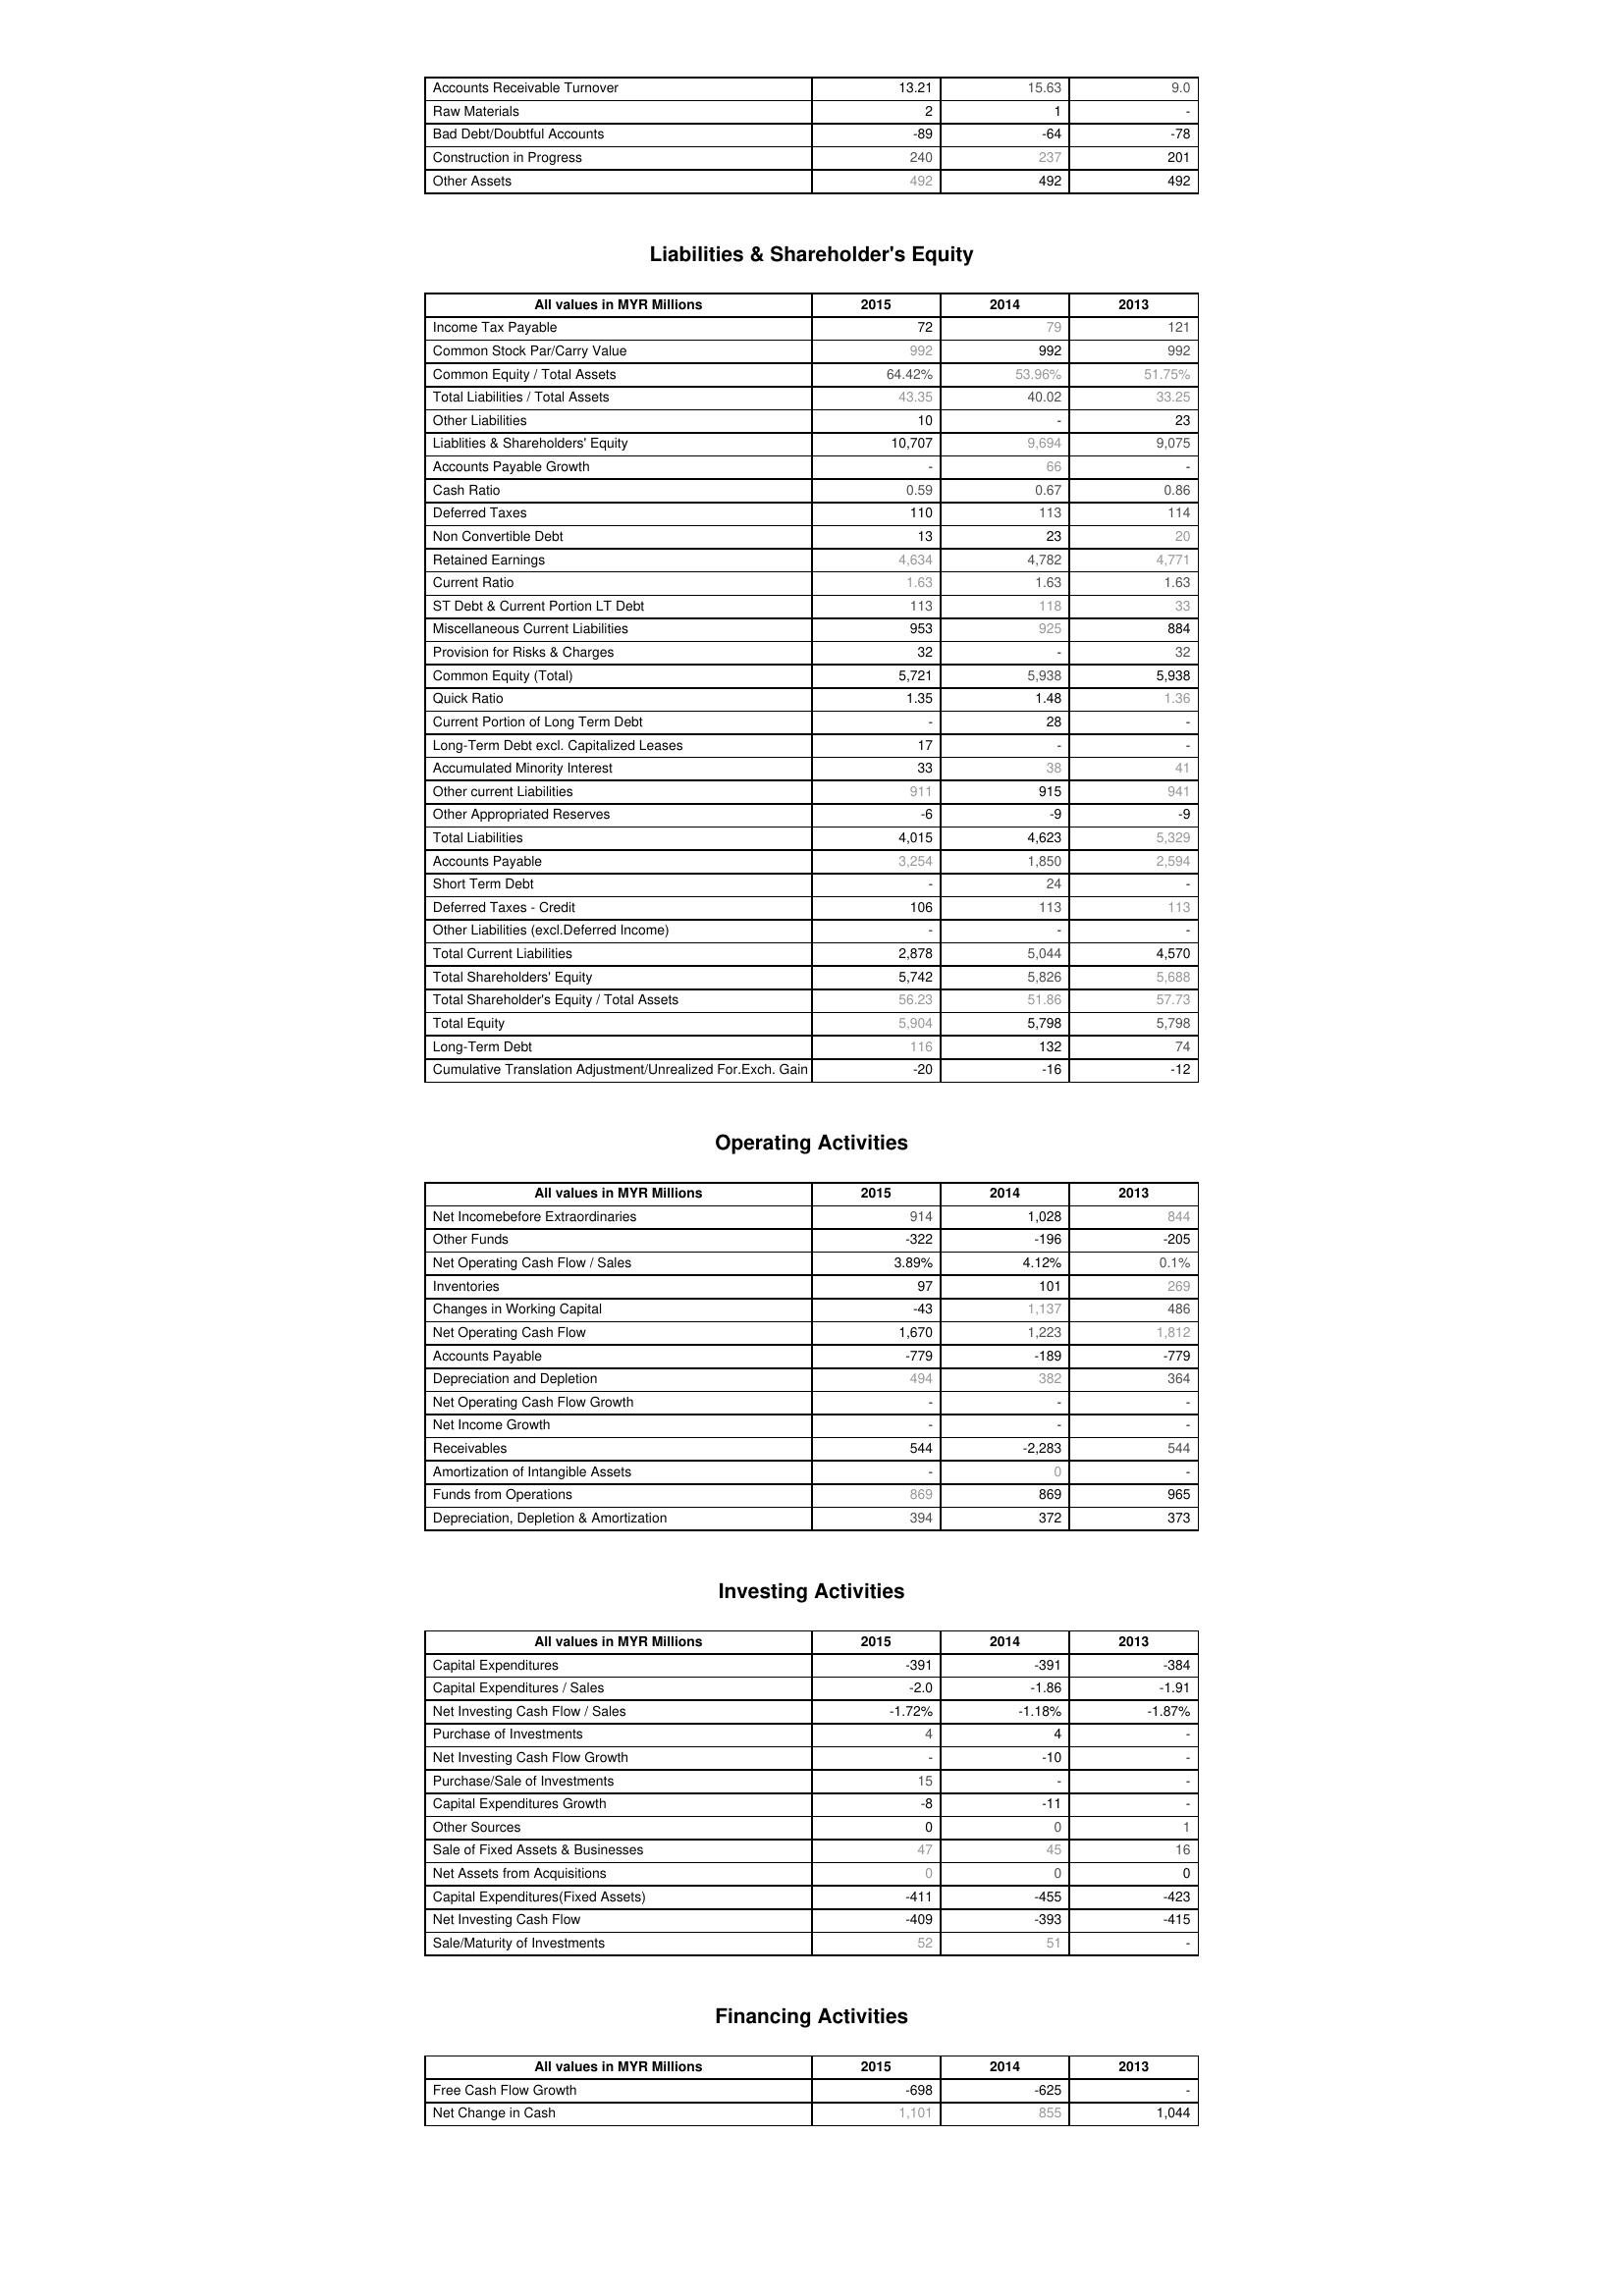
2015: Assets: Accounts Receivable Turnover: 13.21
Raw Materials: 2
Bad Debt/Doubtful Accounts: -89
Construction in Progress: 240
Other Assets: 492
Liabilities & Shareholder's Equity: Income Tax Payable: 72
Common Stock Par/Carry Value: 992
Common Equity / Total Assets: 64.42%
Total Liabilities / Total Assets: 43.35
Other Liabilities: 10
Liablities & Shareholders' Equity: 10,707
Accounts Payable Growth: -
Cash Ratio: 0.59
Deferred Taxes: 110
Non Convertible Debt: 13
Retained Earnings: 4,634
Current Ratio: 1.63
ST Debt & Current Portion LT Debt: 113
Miscellaneous Current Liabilities: 953
Provision for Risks & Charges: 32
Common Equity (Total): 5,721
Quick Ratio: 1.35
Current Portion of Long Term Debt: -
Long-Term Debt excl. Capitalized Leases: 17
Accumulated Minority Interest: 33
Other current Liabilities: 911
Other Appropriated Reserves: -6
Total Liabilities: 4,015
Accounts Payable: 3,254
Short Term Debt: -
Deferred Taxes - Credit: 106
Other Liabilities (excl.Deferred Income): -
Total Current Liabilities: 2,878
Total Shareholders' Equity: 5,742
Total Shareholder's Equity / Total Assets: 56.23
Total Equity: 5,904
Long-Term Debt: 116
Cumulative Translation Adjustment/Unrealized For.Exch. Gain: -20
Operating Activities: Net Incomebefore Extraordinaries: 914
Other Funds: -322
Net Operating Cash Flow / Sales: 3.89%
Inventories: 97
Changes in Working Capital: -43
Net Operating Cash Flow: 1,670
Accounts Payable: -779
Depreciation and Depletion: 494
Net Operating Cash Flow Growth: -
Net Income Growth: -
Receivables: 544
Amortization of Intangible Assets: -
Funds from Operations: 869
Depreciation, Depletion & Amortization: 394
Investing Activities: Capital Expenditures: -391
Capital Expenditures / Sales: -2.0
Net Investing Cash Flow / Sales: -1.72%
Purchase of Investments: 4
Net Investing Cash Flow Growth: -
Purchase/Sale of Investments: 15
Capital Expenditures Growth: -8
Other Sources: 0
Sale of Fixed Assets & Businesses: 47
Net Assets from Acquisitions: 0
Capital Expenditures(Fixed Assets): -411
Net Investing Cash Flow: -409
Sale/Maturity of Investments: 52
Financing Activities: Free Cash Flow Growth: -698
Net Change in Cash: 1,101
2014: Assets: Accounts Receivable Turnover: 15.63
Raw Materials: 1
Bad Debt/Doubtful Accounts: -64
Construction in Progress: 237
Other Assets: 492
Liabilities & Shareholder's Equity: Income Tax Payable: 79
Common Stock Par/Carry Value: 992
Common Equity / Total Assets: 53.96%
Total Liabilities / Total Assets: 40.02
Other Liabilities: -
Liablities & Shareholders' Equity: 9,694
Accounts Payable Growth: 66
Cash Ratio: 0.67
Deferred Taxes: 113
Non Convertible Debt: 23
Retained Earnings: 4,782
Current Ratio: 1.63
ST Debt & Current Portion LT Debt: 118
Miscellaneous Current Liabilities: 925
Provision for Risks & Charges: -
Common Equity (Total): 5,938
Quick Ratio: 1.48
Current Portion of Long Term Debt: 28
Long-Term Debt excl. Capitalized Leases: -
Accumulated Minority Interest: 38
Other current Liabilities: 915
Other Appropriated Reserves: -9
Total Liabilities: 4,623
Accounts Payable: 1,850
Short Term Debt: 24
Deferred Taxes - Credit: 113
Other Liabilities (excl.Deferred Income): -
Total Current Liabilities: 5,044
Total Shareholders' Equity: 5,826
Total Shareholder's Equity / Total Assets: 51.86
Total Equity: 5,798
Long-Term Debt: 132
Cumulative Translation Adjustment/Unrealized For.Exch. Gain: -16
Operating Activities: Net Incomebefore Extraordinaries: 1,028
Other Funds: -196
Net Operating Cash Flow / Sales: 4.12%
Inventories: 101
Changes in Working Capital: 1,137
Net Operating Cash Flow: 1,223
Accounts Payable: -189
Depreciation and Depletion: 382
Net Operating Cash Flow Growth: -
Net Income Growth: -
Receivables: -2,283
Amortization of Intangible Assets: 0
Funds from Operations: 869
Depreciation, Depletion & Amortization: 372
Investing Activities: Capital Expenditures: -391
Capital Expenditures / Sales: -1.86
Net Investing Cash Flow / Sales: -1.18%
Purchase of Investments: 4
Net Investing Cash Flow Growth: -10
Purchase/Sale of Investments: -
Capital Expenditures Growth: -11
Other Sources: 0
Sale of Fixed Assets & Businesses: 45
Net Assets from Acquisitions: 0
Capital Expenditures(Fixed Assets): -455
Net Investing Cash Flow: -393
Sale/Maturity of Investments: 51
Financing Activities: Free Cash Flow Growth: -625
Net Change in Cash: 855
2013: Assets: Accounts Receivable Turnover: 9.0
Raw Materials: -
Bad Debt/Doubtful Accounts: -78
Construction in Progress: 201
Other Assets: 492
Liabilities & Shareholder's Equity: Income Tax Payable: 121
Common Stock Par/Carry Value: 992
Common Equity / Total Assets: 51.75%
Total Liabilities / Total Assets: 33.25
Other Liabilities: 23
Liablities & Shareholders' Equity: 9,075
Accounts Payable Growth: -
Cash Ratio: 0.86
Deferred Taxes: 114
Non Convertible Debt: 20
Retained Earnings: 4,771
Current Ratio: 1.63
ST Debt & Current Portion LT Debt: 33
Miscellaneous Current Liabilities: 884
Provision for Risks & Charges: 32
Common Equity (Total): 5,938
Quick Ratio: 1.36
Current Portion of Long Term Debt: -
Long-Term Debt excl. Capitalized Leases: -
Accumulated Minority Interest: 41
Other current Liabilities: 941
Other Appropriated Reserves: -9
Total Liabilities: 5,329
Accounts Payable: 2,594
Short Term Debt: -
Deferred Taxes - Credit: 113
Other Liabilities (excl.Deferred Income): -
Total Current Liabilities: 4,570
Total Shareholders' Equity: 5,688
Total Shareholder's Equity / Total Assets: 57.73
Total Equity: 5,798
Long-Term Debt: 74
Cumulative Translation Adjustment/Unrealized For.Exch. Gain: -12
Operating Activities: Net Incomebefore Extraordinaries: 844
Other Funds: -205
Net Operating Cash Flow / Sales: 0.1%
Inventories: 269
Changes in Working Capital: 486
Net Operating Cash Flow: 1,812
Accounts Payable: -779
Depreciation and Depletion: 364
Net Operating Cash Flow Growth: -
Net Income Growth: -
Receivables: 544
Amortization of Intangible Assets: -
Funds from Operations: 965
Depreciation, Depletion & Amortization: 373
Investing Activities: Capital Expenditures: -384
Capital Expenditures / Sales: -1.91
Net Investing Cash Flow / Sales: -1.87%
Purchase of Investments: -
Net Investing Cash Flow Growth: -
Purchase/Sale of Investments: -
Capital Expenditures Growth: -
Other Sources: 1
Sale of Fixed Assets & Businesses: 16
Net Assets from Acquisitions: 0
Capital Expenditures(Fixed Assets): -423
Net Investing Cash Flow: -415
Sale/Maturity of Investments: -
Financing Activities: Free Cash Flow Growth: -
Net Change in Cash: 1,044